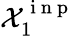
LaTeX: \mathcal{X}_{1}^{\mathrm{~i~n~p~}}